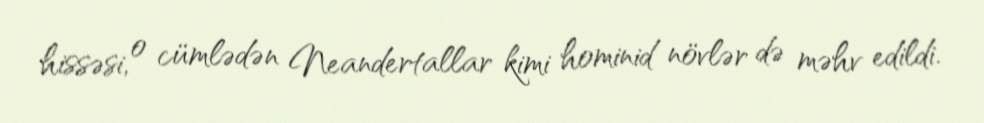
hissəsi, o cümlədən Neandertallar kimi hominid növlər də məhv edildi.